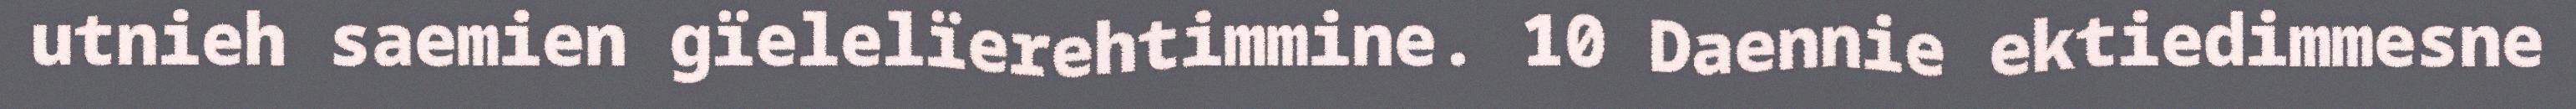
utnieh saemien gïelelïerehtimmine. 10 Daennie ektiedimmesne